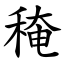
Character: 䅖